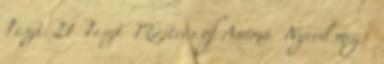
Teszt. 21 Teszt Masters of Anima Nyerd meg